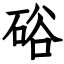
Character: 硲